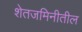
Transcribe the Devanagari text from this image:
शेतजमिनीतील